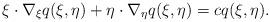
LaTeX: \begin{align*}\xi \cdot \nabla_{\xi} q(\xi, \eta) + \eta \cdot \nabla_{\eta} q (\xi, \eta) = c q (\xi, \eta). \end{align*}